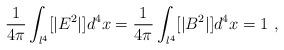
LaTeX: \begin{align*}\frac{1}{4\pi}\int_{l^4}[|E^2|]d^4x=\frac{1}{4\pi}\int_{l^4}[|B^2|]d^4x = 1~,\end{align*}